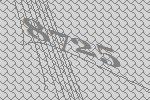
8725